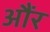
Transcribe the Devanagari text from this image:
औंर